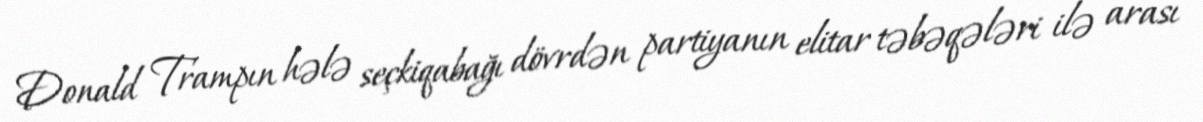
Donald Trampın hələ seçkiqabağı dövrdən partiyanın elitar təbəqələri ilə arası